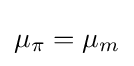
\mu _{\pi }=\mu _{m}\,\!